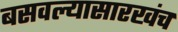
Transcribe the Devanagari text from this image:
बसवल्यासारखंच